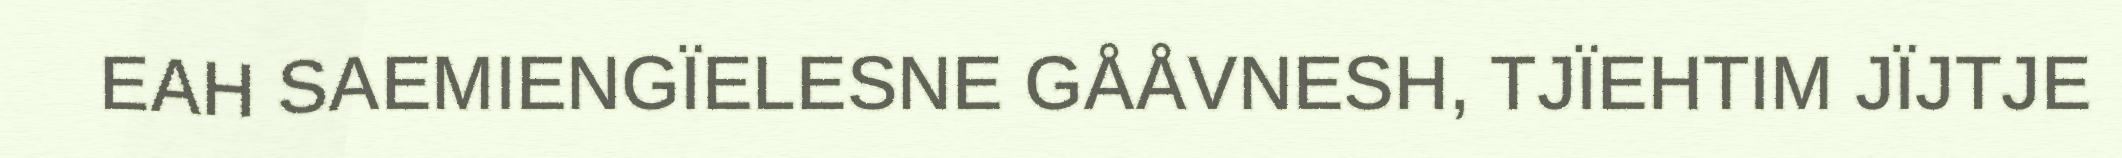
EAH SAEMIENGÏELESNE GÅÅVNESH, TJÏEHTIM JÏJTJE